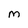
Character: M